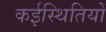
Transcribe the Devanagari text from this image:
कईस्थितियों